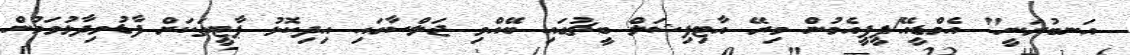
އަނބުރަނީ" އެމްޑީއޭ/ޕީޕީއެމުން މިރޭ އާޓިފިޝަލް ބީޗުގައި ބޭއްވި ޖަލްސާގައި އިދިކޮޅު ޕާޓީތަކަށް ފާޑުވިދާޅުވަމުން